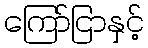
ကြော်ငြာနှင့်